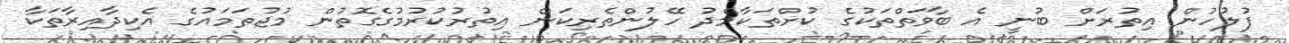
ފުލުހުން އިތުރަށް ބުނީ އެ ބާވަތްތަކުގެ ކުށްތަކާމެދު ހޭލުންތެރިކަން އިތުރުކުރުމުގެގޮތުން މުޖުތަމައުގެ އެކިދާއިރާތަކާ